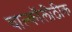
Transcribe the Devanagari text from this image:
चाल्कॉलीठीक